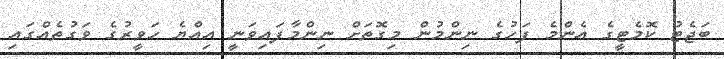
ބަޖެޓު ކޮމެޓީގެ އެންމެ ފަހުގެ ނިންމުން މިގޮތަށް ނިންމާފައިވަނީ އިއްޔެ ހަވީރުގެ ވަގުތެއްގައި